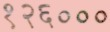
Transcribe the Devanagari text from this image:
१२६०००